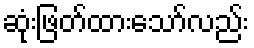
ဆုံးဖြတ်ထားသော်လည်း